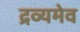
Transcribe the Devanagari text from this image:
द्रव्यमेव